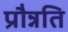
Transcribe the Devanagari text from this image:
प्रौन्नति